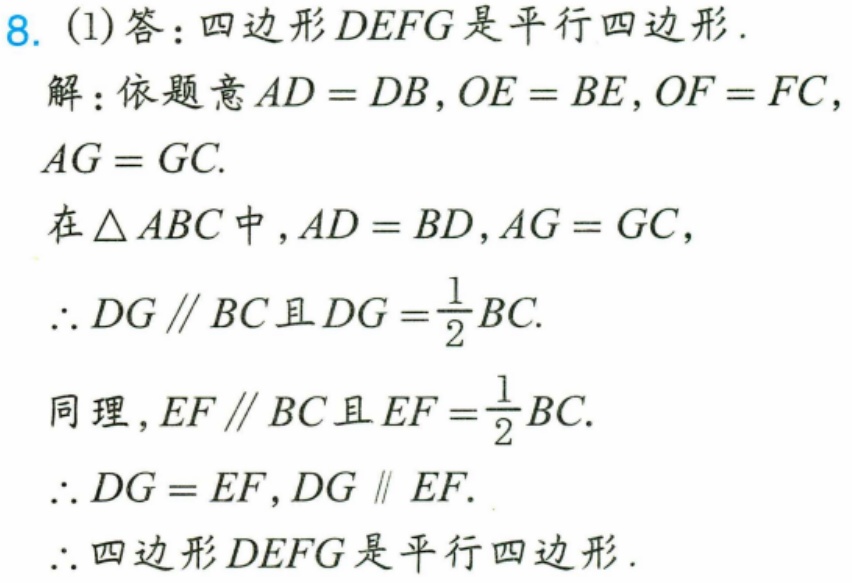
8. (1)答：四边形 \(DEFG\) 是平行四边形.
解：依题意 \(AD = DB\)，\(OE = BE\)，\(OF = FC\)，
\(AG = GC\).
在 \(\triangle ABC\) 中，\(AD = BD\)，\(AG = GC\)，
\(\therefore DG\parallel BC\) 且 \(DG=\frac{1}{2}BC\).
同理，\(EF\parallel BC\) 且 \(EF=\frac{1}{2}BC\).
\(\therefore DG = EF\)，\(DG\parallel EF\).
\(\therefore\) 四边形 \(DEFG\) 是平行四边形.